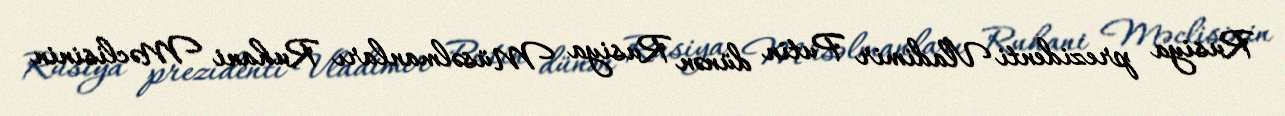
Rusiya prezidenti Vladimir Putin dünən Rusiya Müsəlmanları Ruhani Məclisinin